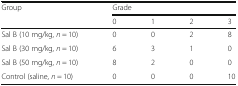
<table><thead><tr><td rowspan="2"><b>Group</b></td><td colspan="4"><b>Grade</b></td></tr><tr><td><b>0</b></td><td><b>1</b></td><td><b>2</b></td><td><b>3</b></td></tr></thead><tbody><tr><td>Sal B (10 mg/kg, <i>n</i> = 10)</td><td>0</td><td>0</td><td>2</td><td>8</td></tr><tr><td>Sal B (30 mg/kg, <i>n</i> = 10)</td><td>6</td><td>3</td><td>1</td><td>0</td></tr><tr><td>Sal B (50 mg/kg, <i>n</i> = 10)</td><td>8</td><td>2</td><td>0</td><td>0</td></tr><tr><td>Control (saline, <i>n</i> = 10)</td><td>0</td><td>0</td><td>0</td><td>10</td></tr></tbody></table>